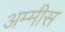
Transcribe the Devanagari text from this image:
अम्मीस